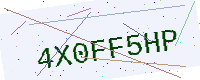
Text: 4X0FF5HP